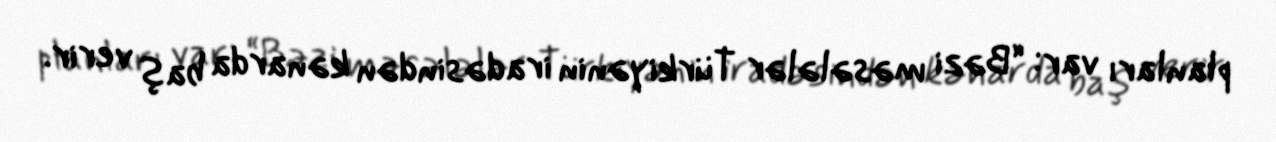
planları var: “Bəzi məsələlər Türkiyənin iradəsindən kənarda baş verir.